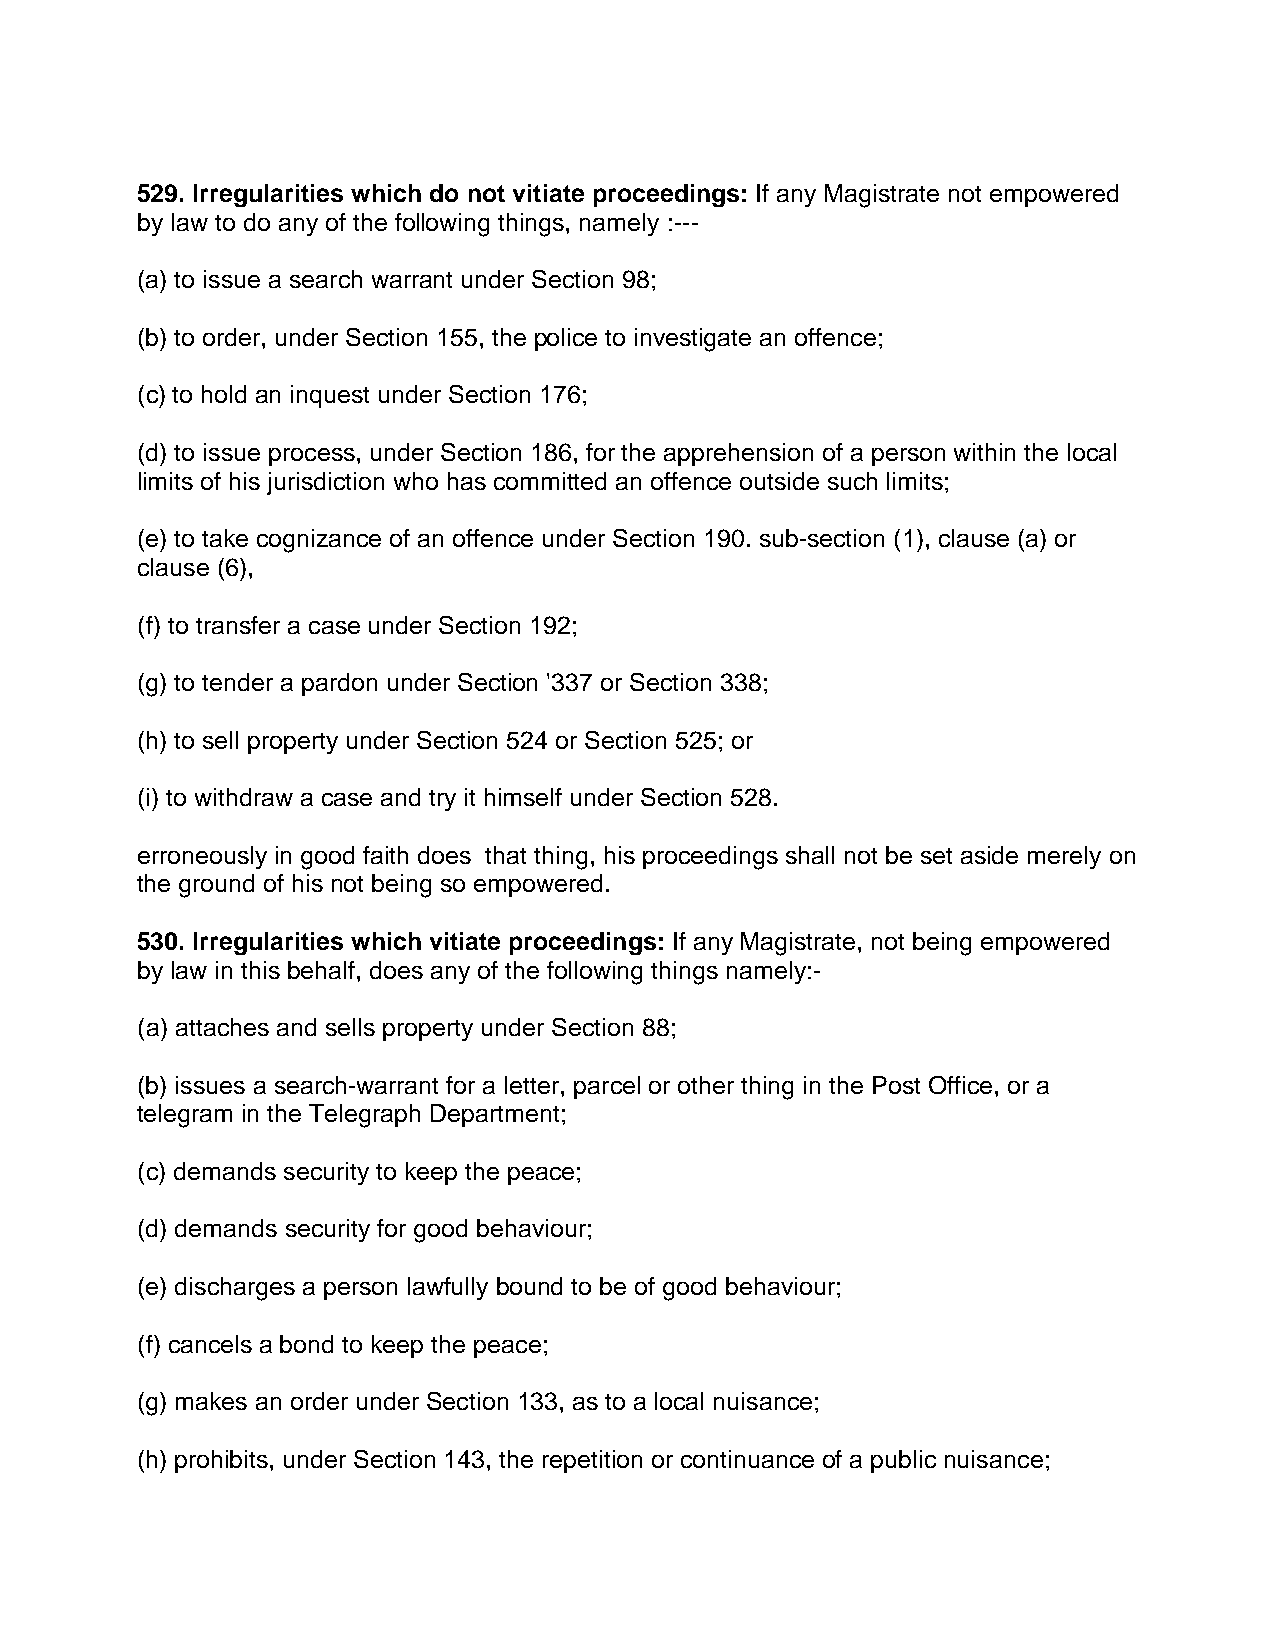
529. Irregularities which do not vitiate proceedings: If any Magistrate not empowered
 by law to do any of the following things, namely :---
 (a) to issue a search warrant under Section 98;
 (b) to order, under Section 155, the police to investigate an offence;
 (c) to hold an inquest under Section 176;
 (d) to issue process, under Section 186, for the apprehension of a person within the local
 limits of his jurisdiction who has committed an offence outside such limits;
 (e) to take cognizance of an offence under Section 190. sub-section (1), clause (a) or
 clause (6),
 (f) to transfer a case under Section 192;
 (g) to tender a pardon under Section '337 or Section 338;
 (h) to sell property under Section 524 or Section 525; or
 (i) to withdraw a case and try it himself under Section 528.
 erroneously in good faith does that thing, his proceedings shall not be set aside merely on
 the ground of his not being so empowered.
 530. Irregularities which vitiate proceedings: If any Magistrate, not being empowered
 by law in this behalf, does any of the following things namely:-
 (a) attaches and sells property under Section 88;
 (b) issues a search-warrant for a letter, parcel or other thing in the Post Office, or a
 telegram in the Telegraph Department;
 (c) demands security to keep the peace;
 (d) demands security for good behaviour;
 (e) discharges a person lawfully bound to be of good behaviour;
 (f) cancels a bond to keep the peace;
 (g) makes an order under Section 133, as to a local nuisance;
 (h) prohibits, under Section 143, the repetition or continuance of a public nuisance;